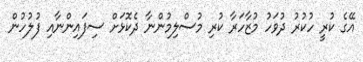
އޭގެ ކުރީ ހުކުރު ދުވަހު މުޒާހަރާ ކުރި މުސްލިމުންނާ ދެކޮޅަށް ސިފައިންނާއި ފުލުހުން